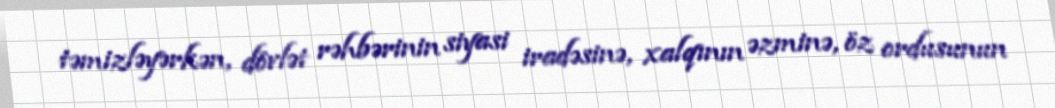
təmizləyərkən, dövlət rəhbərinin siyasi iradəsinə, xalqının əzminə, öz ordusunun